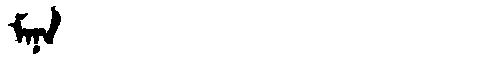
Manchu: ᠮᠠᠨᠠ
Romanization: MANA